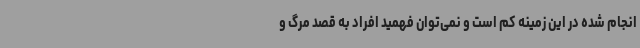
انجام شده در این زمینه کم است و نمی‌توان فهمید افراد به قصد مرگ و